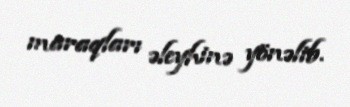
maraqları əleyhinə yönəlib.